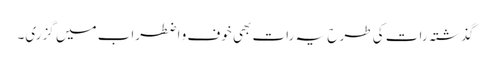
گذشتہ رات کی طرح یہ رات بھی خوف و اضطراب میں گزری۔